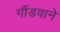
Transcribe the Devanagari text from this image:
गौंडवाने